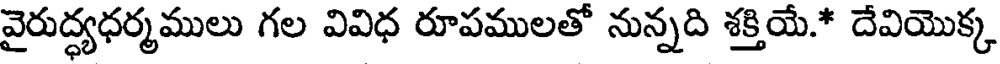
వైరుద్ధ్యధర్మములు గల వివిధ రూపములతో నున్నది శక్తియే.* దేవియొక్క